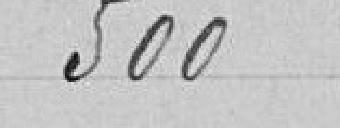
500